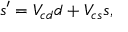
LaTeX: s ^ { \prime } = V _ { c d } d + V _ { c s } s ,